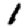
Digit: 1